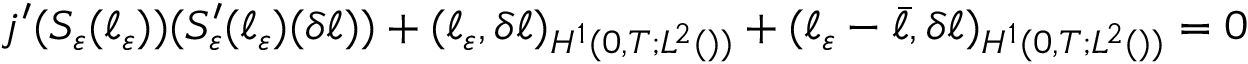
\begin{array} { r } { j ^ { \prime } ( S _ { \varepsilon } ( \ell _ { \varepsilon } ) ) ( S _ { \varepsilon } ^ { \prime } ( \ell _ { \varepsilon } ) ( \delta \ell ) ) + ( \ell _ { \varepsilon } , \delta \ell ) _ { H ^ { 1 } ( 0 , T ; L ^ { 2 } ( \O ) ) } + ( \ell _ { \varepsilon } - \bar { \ell } , \delta \ell ) _ { H ^ { 1 } ( 0 , T ; L ^ { 2 } ( \O ) ) } = 0 } \end{array}